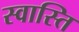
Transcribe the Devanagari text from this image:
स्‍वास्‍ति